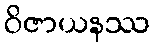
ဝိဇာယနဿ